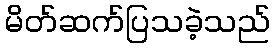
မိတ်ဆက်ပြသခဲ့သည်